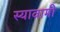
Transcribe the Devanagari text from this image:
स्यावामी